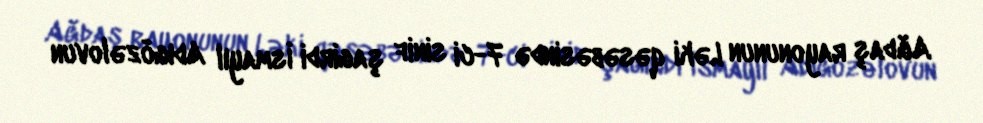
Ağdaş rayonunun Ləki qəsəbəsində 7-ci sinif şagirdi İsmayıl Adıgözəlovun